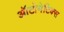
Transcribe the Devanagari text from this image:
ऑटोनेटिक्स